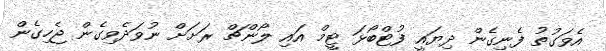
އެވަގުތު ފެނިގެން ދިޔައީ ފުޓްބޯޅަ ޓީމް އައި ލޯންޗް ރަށަށް ނުވަދެވިގެން ޖެހިގެން